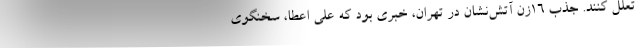
تعلل کنند. جذب 16زن آتش‌نشان در تهران، خبری بود که علی اعطا، سخنگوی